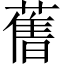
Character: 𦾔